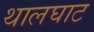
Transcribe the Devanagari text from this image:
थालघाट